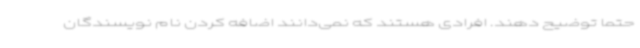
حتما توضیح دهند. افرادی هستند که نمی‌دانند اضافه کردن نام نویسندگان